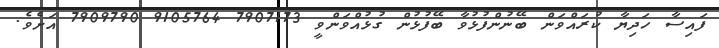
ފައިސާ ހަދިޔާ ކުރައްވަން ބޭނުންފުޅުވާ ބޭފުޅުން ގުޅުއްވަންވީ 7907173 9105764 7909790 އަށެވެ.